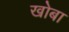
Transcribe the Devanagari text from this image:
खोबा